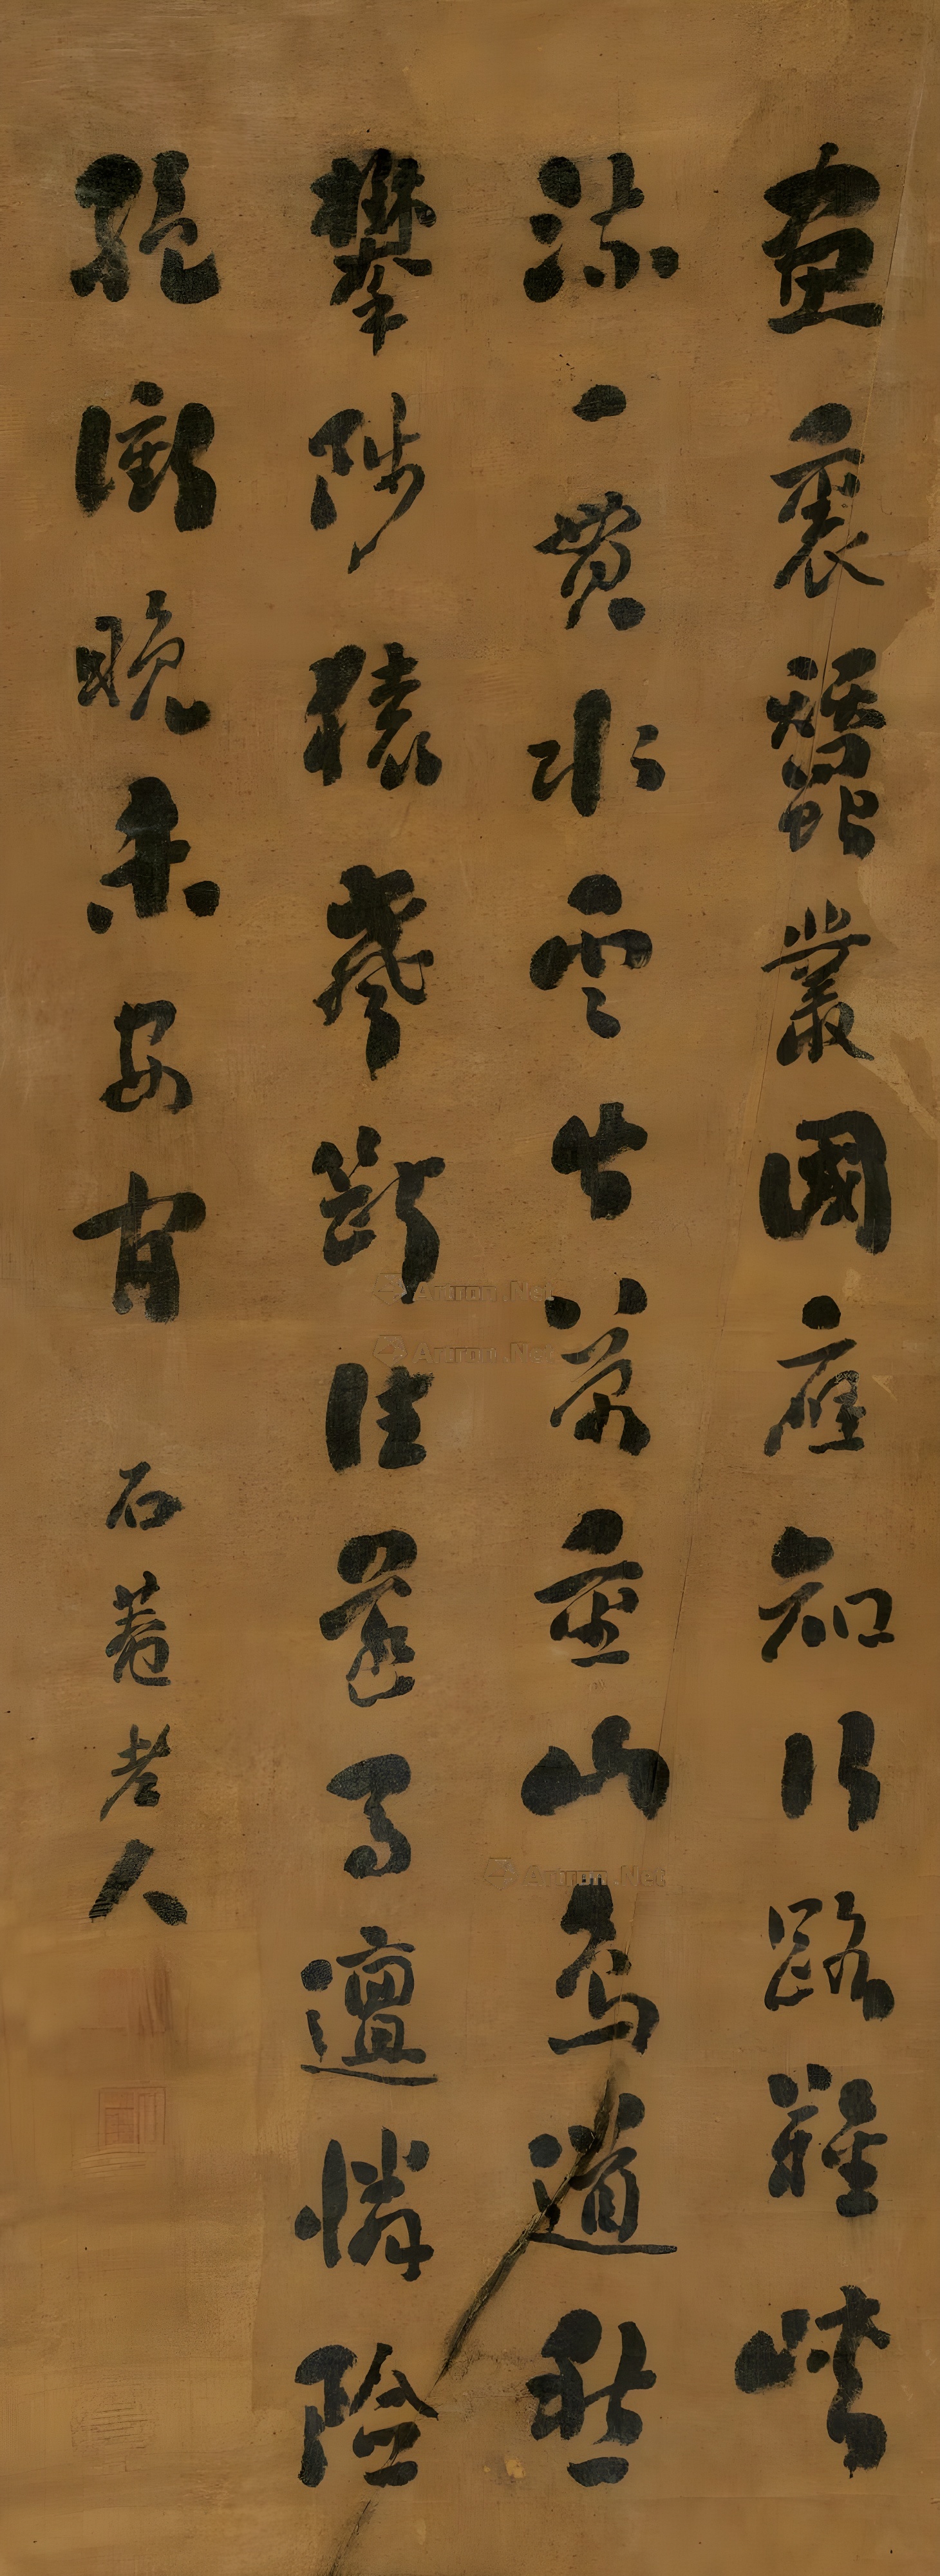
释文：画里蚕丛国，应知行路难，峡流一贯水，云间万重山，鸟道愁攀涉，猿声断往还，马邅怜险绝，冲晚未安闲。石庵老人。